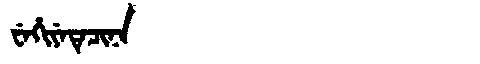
Manchu: ᠸᡝᡥᡳᠶᡝᡨᡝᠴᡳᠨᠠ
Romanization: WEHIYETECINA